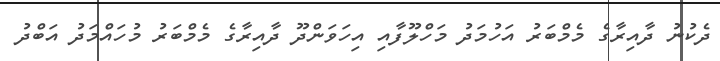
ދެކުނު ދާއިރާގެ މެމްބަރު އަހުމަދު މަހްލޫފާއި އިހަވަންދޫ ދާއިރާގެ މެމްބަރު މުހައްމަދު އަބްދު